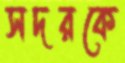
সদরকে